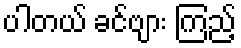
ပါတယ် ခင်ဗျား ကြည့်